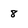
Character: 8